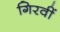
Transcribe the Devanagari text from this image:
गिरवीं